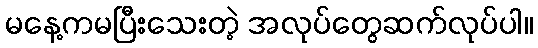
မနေ့ကမပြီးသေးတဲ့ အလုပ်တွေဆက်လုပ်ပါ။